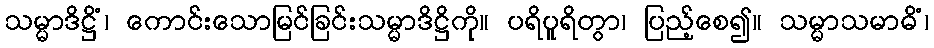
သမ္မာဒိဋ္ဌိံ၊ ကောင်းသောမြင်ခြင်းသမ္မာဒိဋ္ဌိကို။ ပရိပူရိတွာ၊ ပြည့်စေ၍။ သမ္မာသမာဓိံ၊